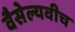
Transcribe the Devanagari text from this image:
वैसेल्यवीच